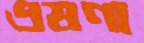
এষণা